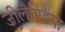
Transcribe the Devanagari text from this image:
ज़ीलैण्डिया